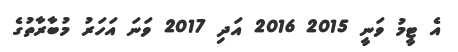
އެ ޓީމު ވަނީ 2015 2016 އަދި 2017 ވަނަ އަަހަރު މުބާރާތުގެ